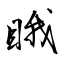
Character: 睋